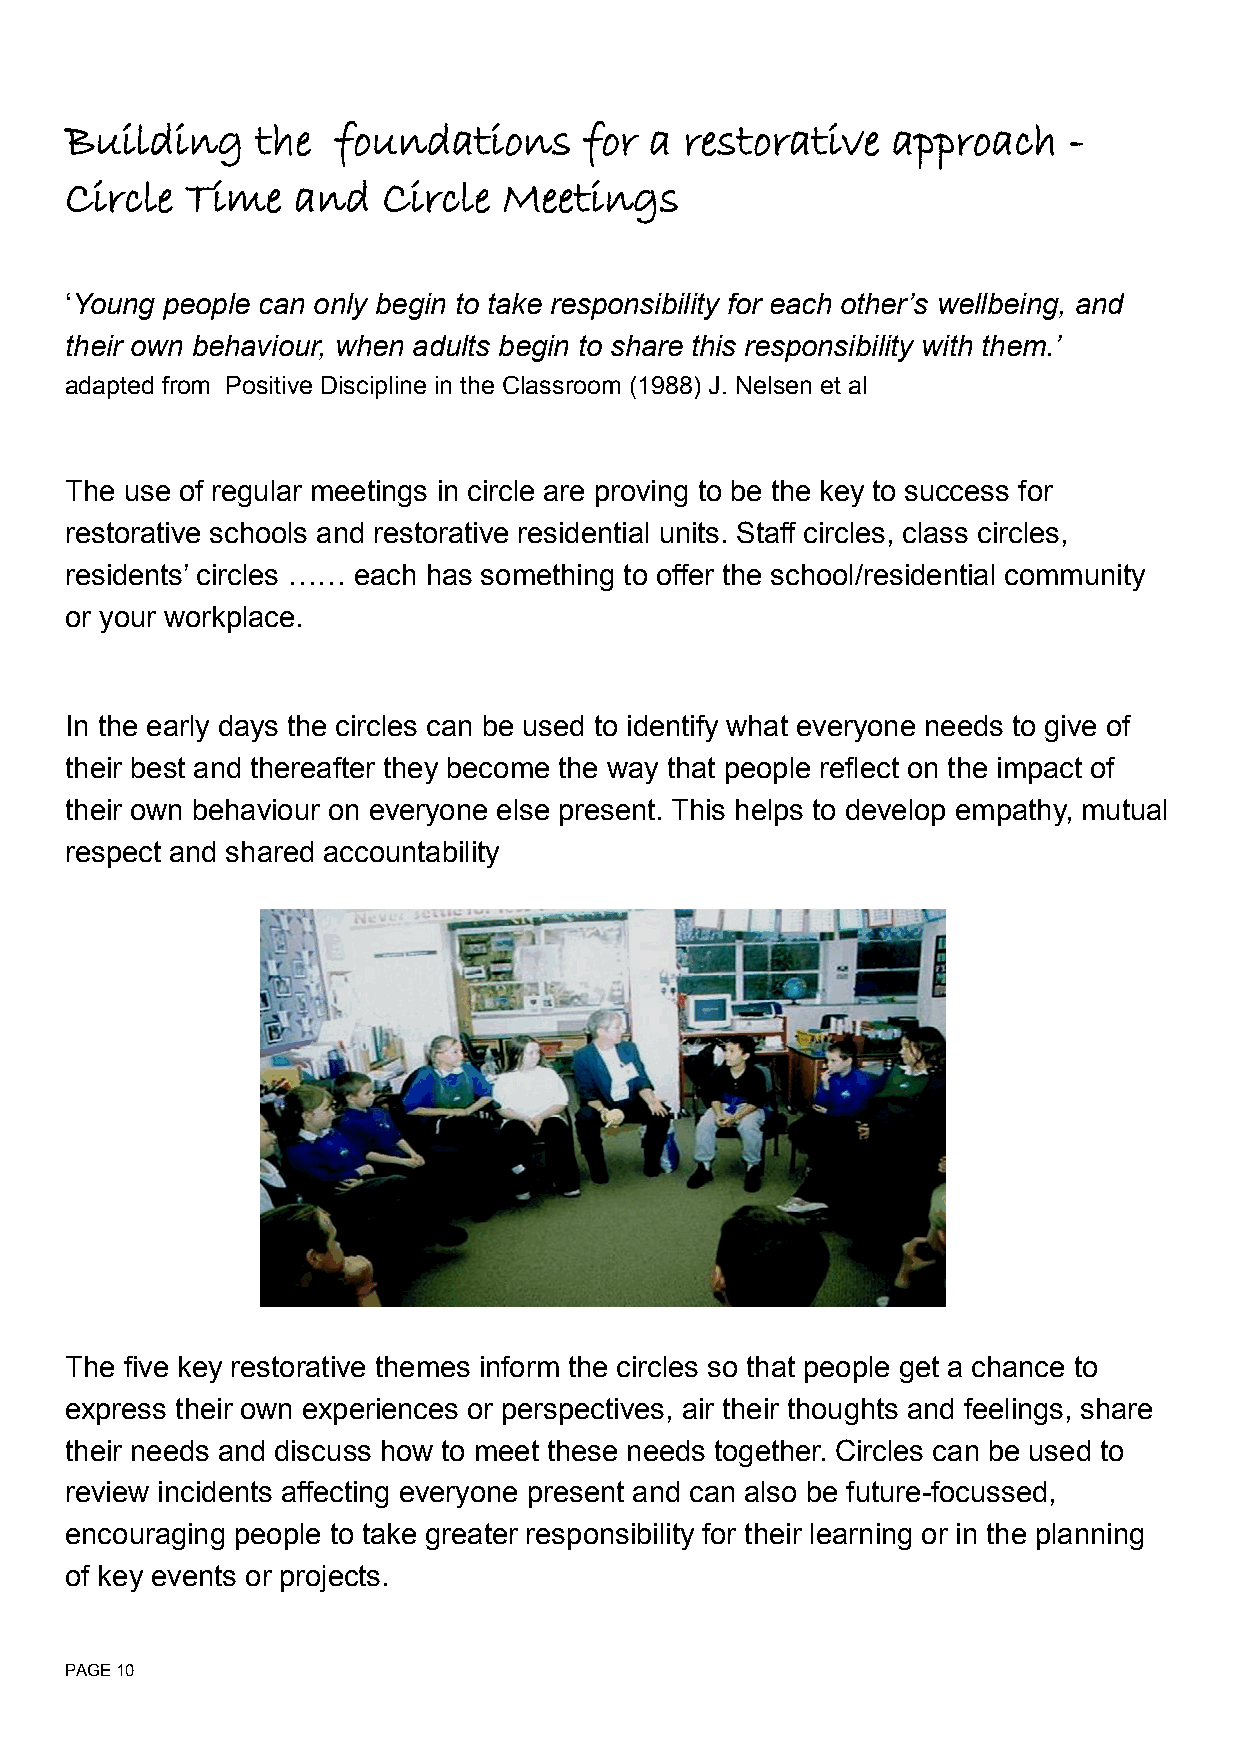
Building     the  foundations      for a restorative   approach    -
 Circle  Time   and   Circle  Meetings
 ‘Young people can only begin to take responsibility for each other’s wellbeing, and
 their own behaviour, when adults begin to share this responsibility with them.’
 adapted from Positive Discipline in the Classroom (1988) J. Nelsen et al
 The use of regular meetings in circle are proving to be the key to success for
 restorative schools and restorative residential units. Staff circles, class circles,
 residents’ circles …… each has something to offer the school/residential community
 or your workplace.
 In the early days the circles can be used to identify what everyone needs to give of
 their best and thereafter they become the way that people reflect on the impact of
 their own behaviour on everyone else present. This helps to develop empathy, mutual
 respect and shared accountability
 The five key restorative themes inform the circles so that people get a chance to
 express their own experiences or perspectives, air their thoughts and feelings, share
 their needs and discuss how to meet these needs together. Circles can be used to
 review incidents affecting everyone present and can also be future-focussed,
 encouraging people to take greater responsibility for their learning or in the planning
 of key events or projects.
 PAGE 10